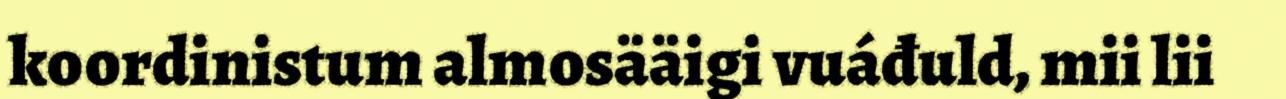
koordinistum almosääigi vuáđuld, mii lii